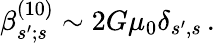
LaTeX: \beta_{s^{\prime};s}^{(10)}\sim 2G\mu_{0}\delta_{s^{\prime},s}\, .